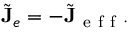
\tilde { \mathbf { J } } _ { e } = - \tilde { \mathbf { J } } _ { \mathrm { ~ e ~ f ~ f ~ } } .